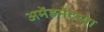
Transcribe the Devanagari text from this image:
अमेंडमेंटच्या